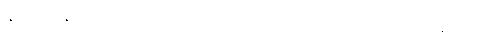
နှစ်ပါးကုန်သော။ ဒသဗလာ၊ ဒသဗလသုတ်တို့လည်းကောင်း။ ဥပနိသာ စ၊